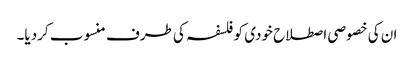
ان کی خصوصی اصطلاح خودی کو فلسفہ کی طرف منسوب کردیا۔